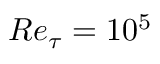
R e _ { \tau } = 1 0 ^ { 5 }